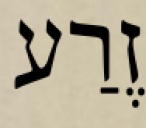
זֶרַע